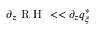
\partial _ { z } \textrm { R H } < < \partial _ { z } q _ { \xi } ^ { * }